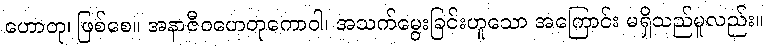
ဟောတု၊ ဖြစ်စေ။ အနာဇီဝဟေတုကောဝါ၊ အသက်မွေးခြင်းဟူသော အကြောင်း မရှိသည်မူလည်း။